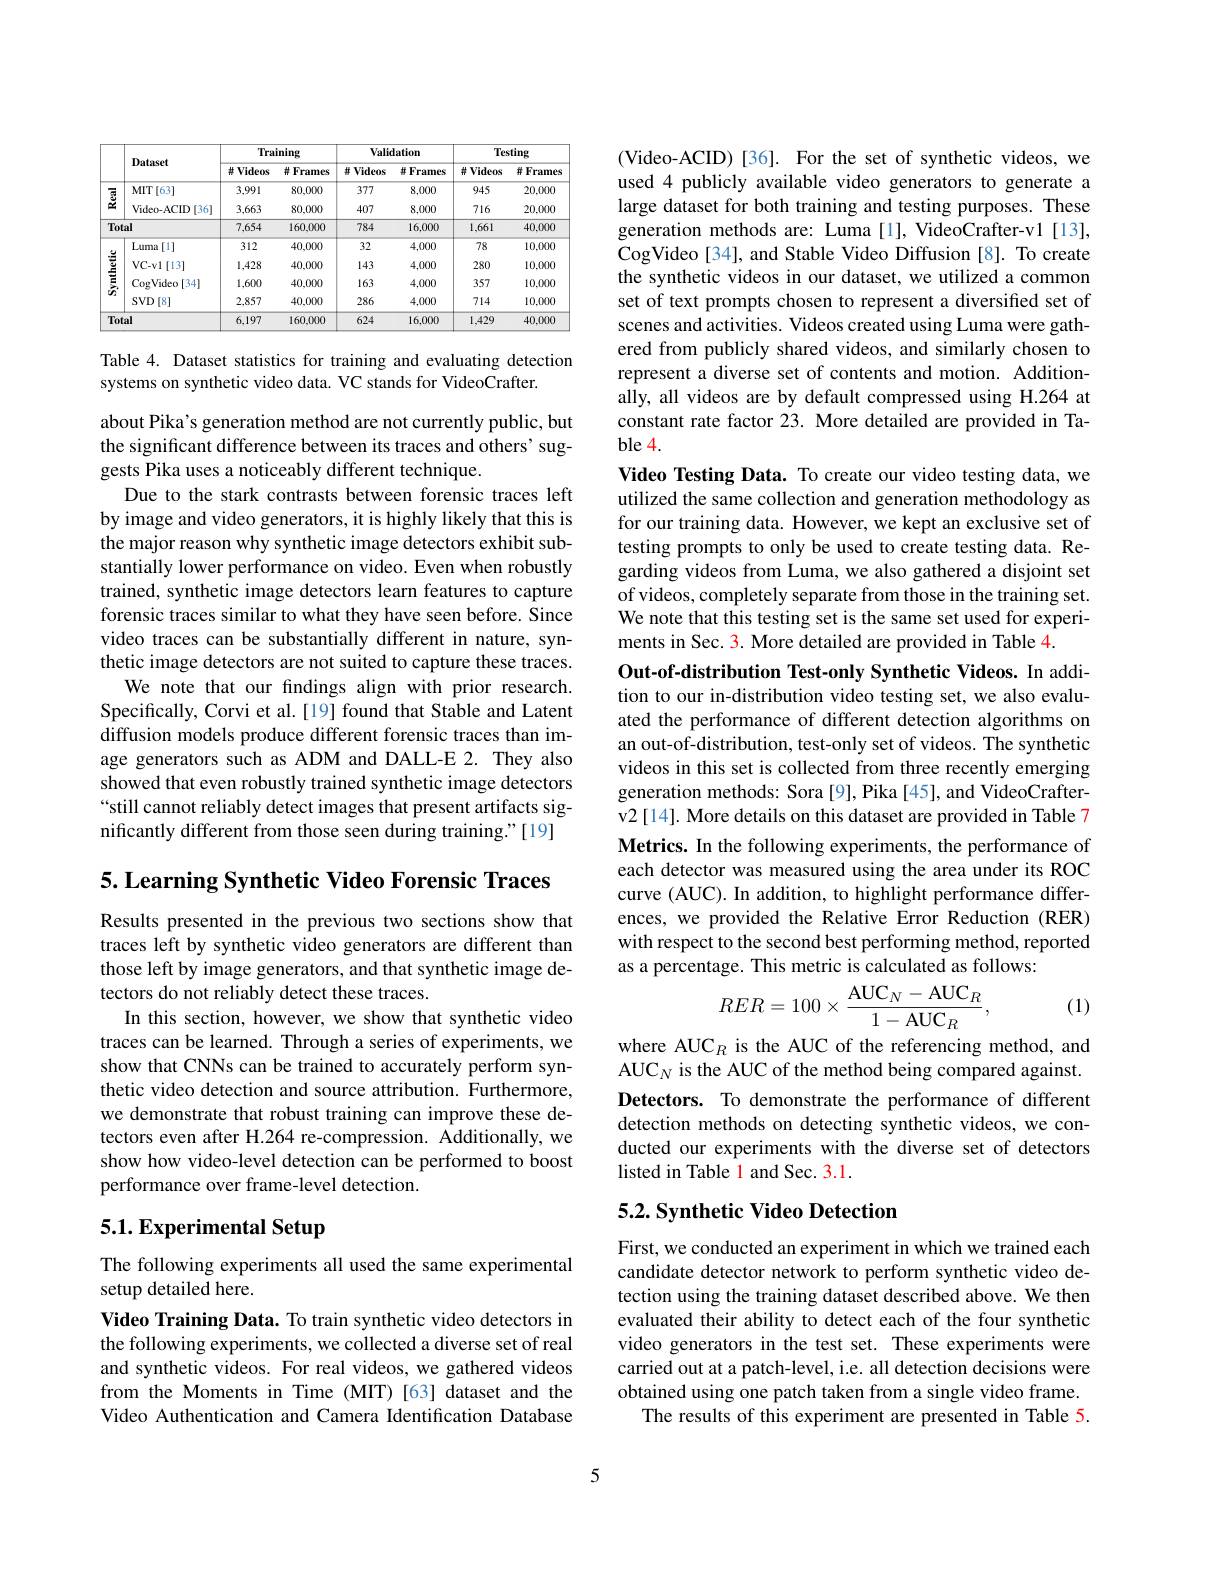
<table>
	<tbody>
		<tr>
			<th> </th>
			<th rowspan="2">Dataset</th>
			<th colspan="2">Training</th>
			<th colspan="2">Validation</th>
			<th colspan="2">Testing</th>
		</tr>
		<tr>
			<th> </th>
			<th>$\# Videos$</th>
			<th>种 Frames</th>
			<th>并 Videos</th>
			<th>并 Frames</th>
			<th>$\# Videos$</th>
			<th>拼 Frames</th>
		</tr>
		<tr>
			<td rowspan="2">జ్మా</td>
			<td>MIT[ 63] </td>
			<td>3,991</td>
			<td>80,000</td>
			<td>377</td>
			<td>8,000</td>
			<td>945</td>
			<td>20,000</td>
		</tr>
		<tr>
			<td>Video-ACID $\cdot[36]$</td>
			<td>3,663</td>
			<td>80,000</td>
			<td>407</td>
			<td>8,000</td>
			<td>716</td>
			<td>20,000</td>
		</tr>
		<tr>
			<td>Tot</td>
			<td>al</td>
			<td>7,654</td>
			<td>160,000</td>
			<td>784</td>
			<td>16.000</td>
			<td>1,661</td>
			<td>40,000</td>
		</tr>
		<tr>
			<td rowspan="4">$\frac{1}{2}=\frac{1}{2}$</td>
			<td>Luma 1[1]</td>
			<td>312</td>
			<td>40,000</td>
			<td>32</td>
			<td>4,000</td>
			<td>78</td>
			<td>10,000</td>
		</tr>
		<tr>
			<td>$VC-v1[13]$</td>
			<td>1,428</td>
			<td>40,000</td>
			<td>143</td>
			<td>4,000</td>
			<td>280</td>
			<td>10,000</td>
		</tr>
		<tr>
			<td>CogVideo[34]</td>
			<td>1,600</td>
			<td>40,000</td>
			<td>163</td>
			<td>4,000</td>
			<td>357</td>
			<td>10,000</td>
		</tr>
		<tr>
			<td>$\operatorname{SVD}[8]$</td>
			<td>2,857</td>
			<td>40,000</td>
			<td>286</td>
			<td>4,000</td>
			<td>714</td>
			<td>10,000</td>
		</tr>
		<tr>
			<td colspan="2">Total</td>
			<td>6,197</td>
			<td>160,000</td>
			<td>624</td>
			<td>16.000</td>
			<td>1,429</td>
			<td>40,000</td>
		</tr>
	</tbody>
</table>

Table 4. Dataset statistics for training and evaluating detection
systems on synthetic video data. VC stands for VideoCrafter.

about Pika's generation method are not currently public, but the significant difference between its traces and others' suggests Pika uses a noticeably different technique.
Due to the stark contrasts between forensic traces left by image and video generators, it is highly likely that this is the major reason why synthetic image detectors exhibit substantially lower performance on video. Even when robustly trained, synthetic image detectors learn features to capture forensic traces similar to what they have seen before. Since video traces can be substantially different in nature, synthetic image detectors are not suited to capture these traces.
We note that our findings align with prior research. Specifically, Corvi et al.[19] found that Stable and Latent diffusion models produce different forensic traces than image generators such as ADM and DALL-E 2. They also showed that even robustly trained synthetic image detectors “still cannot reliably detect images that present artifacts significantly different from those seen during training."[19]

$5. \textbf{Learning Synthetic Video Forensic Traces}$

Results presented in the previous two sections show that traces left by synthetic video generators are different than those left by image generators, and that synthetic image detectors do not reliably detect these traces.
In this section, however, we show that synthetic video traces can be learned. Through a series of experiments, we show that CNNs can be trained to accurately perform synthetic video detection and source attribution. Furthermore, we demonstrate that robust training can improve these detectors even after H.264 re-compression. Additionally, we show how video-level detection can be performed to boost performance over frame-level detection.

# 5.1. Experimental Setup

The following experiments all used the same experimental
setup detailed here.

Video Training Data. To train synthetic video detectors in the following experiments, we collected a diverse set of real and synthetic videos. For real videos, we gathered videos from the Moments in Time (MIT)[63] dataset and the Video Authentication and Camera Identification Database

(Video-ACID)[36]. For the set of synthetic videos, we used 4 publicly available video generators to generate a large dataset for both training and testing purposes. These generation methods are: Luma[1], VideoCrafter-v1[13], CogVideo [34], and Stable Video Diffusion [8]. To create the synthetic videos in our dataset, we utilized a common set of text prompts chosen to represent a diversified set of scenes and activities. Videos created using Luma were gathered from publicly shared videos, and similarly chosen to represent a diverse set of contents and motion. Additionally, all videos are by default compressed using H.264 at constant rate factor 23. More detailed are provided in Table 4.

Video Testing Data. To create our video testing data, we utilized the same collection and generation methodology as for our training data. However, we kept an exclusive set of testing prompts to only be used to create testing data. Regarding videos from Luma, we also gathered a disjoint set of videos, completely separate from those in the training set. We note that this testing set is the same set used for experiments in Sec. 3. More detailed are provided in Table 4.
Out-of-distribution Test-only Synthetic Videos. In addition to our in-distribution video testing set, we also evaluated the performance of different detection algorithms on

an out-of-distribution, test-only set of videos. The synthetic videos in this set is collected from three recently emerging generation methods: Sora[9], Pika[45], and VideoCrafterv2[14]. More details on this dataset are provided in Table 7 Metrics. In the following experiments, the performance of each detector was measured using the area under its ROC curve (AUC). In addition, to highlight performance differences, we provided the Relative Error Reduction (RER) with respect to the second best performing method, reported as a percentage. This metric is calculated as follows:
$$RER=100\times\frac{\mathrm{AUC}_N-\mathrm{AUC}_R}{1-\mathrm{AUC}_R},$$
(1)

where AUC$_R$ is the AUC of the referencing method, and AUC_N is the AUC of the method being compared against. Detectors. To demonstrate the performance of different detection methods on detecting synthetic videos, we conducted our experiments with the diverse set of detectors listed in Table 1 and Sec. 3.1.

## 5.2. Synthetic Video Detection

First, we conducted an experiment in which we trained each candidate detector network to perform synthetic video detection using the training dataset described above. We then evaluated their ability to detect each of the four synthetic video generators in the test set. These experiments were carried out at a patch-level, i.e. all detection decisions were obtained using one patch taken from a single video frame.
The results of this experiment are presented in Table 5.

5